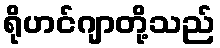
ရိုဟင်ဂျာတို့သည်